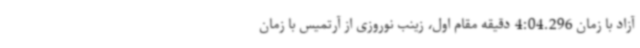
آزاد با زمان 4:04.296 دقیقه مقام اول، زینب نوروزی از آرتمیس با زمان